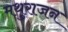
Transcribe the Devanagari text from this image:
मथुराजन